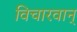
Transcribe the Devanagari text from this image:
विचारवान्